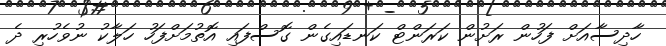
ހާދިސާއަށް ފަހުން ރަށުން ކަރަންޓް ކަނޑައިގެން ގޮސްފައި އޮތުމަށްފަހު ހަލާކު ނުވެހުރި ދެ